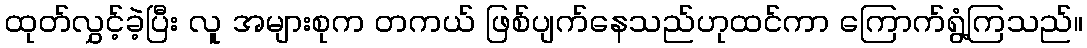
ထုတ်လွှင့်ခဲ့ပြီး လူ အများစုက တကယ် ဖြစ်ပျက်နေသည်ဟုထင်ကာ ကြောက်ရွံ့ကြသည်။